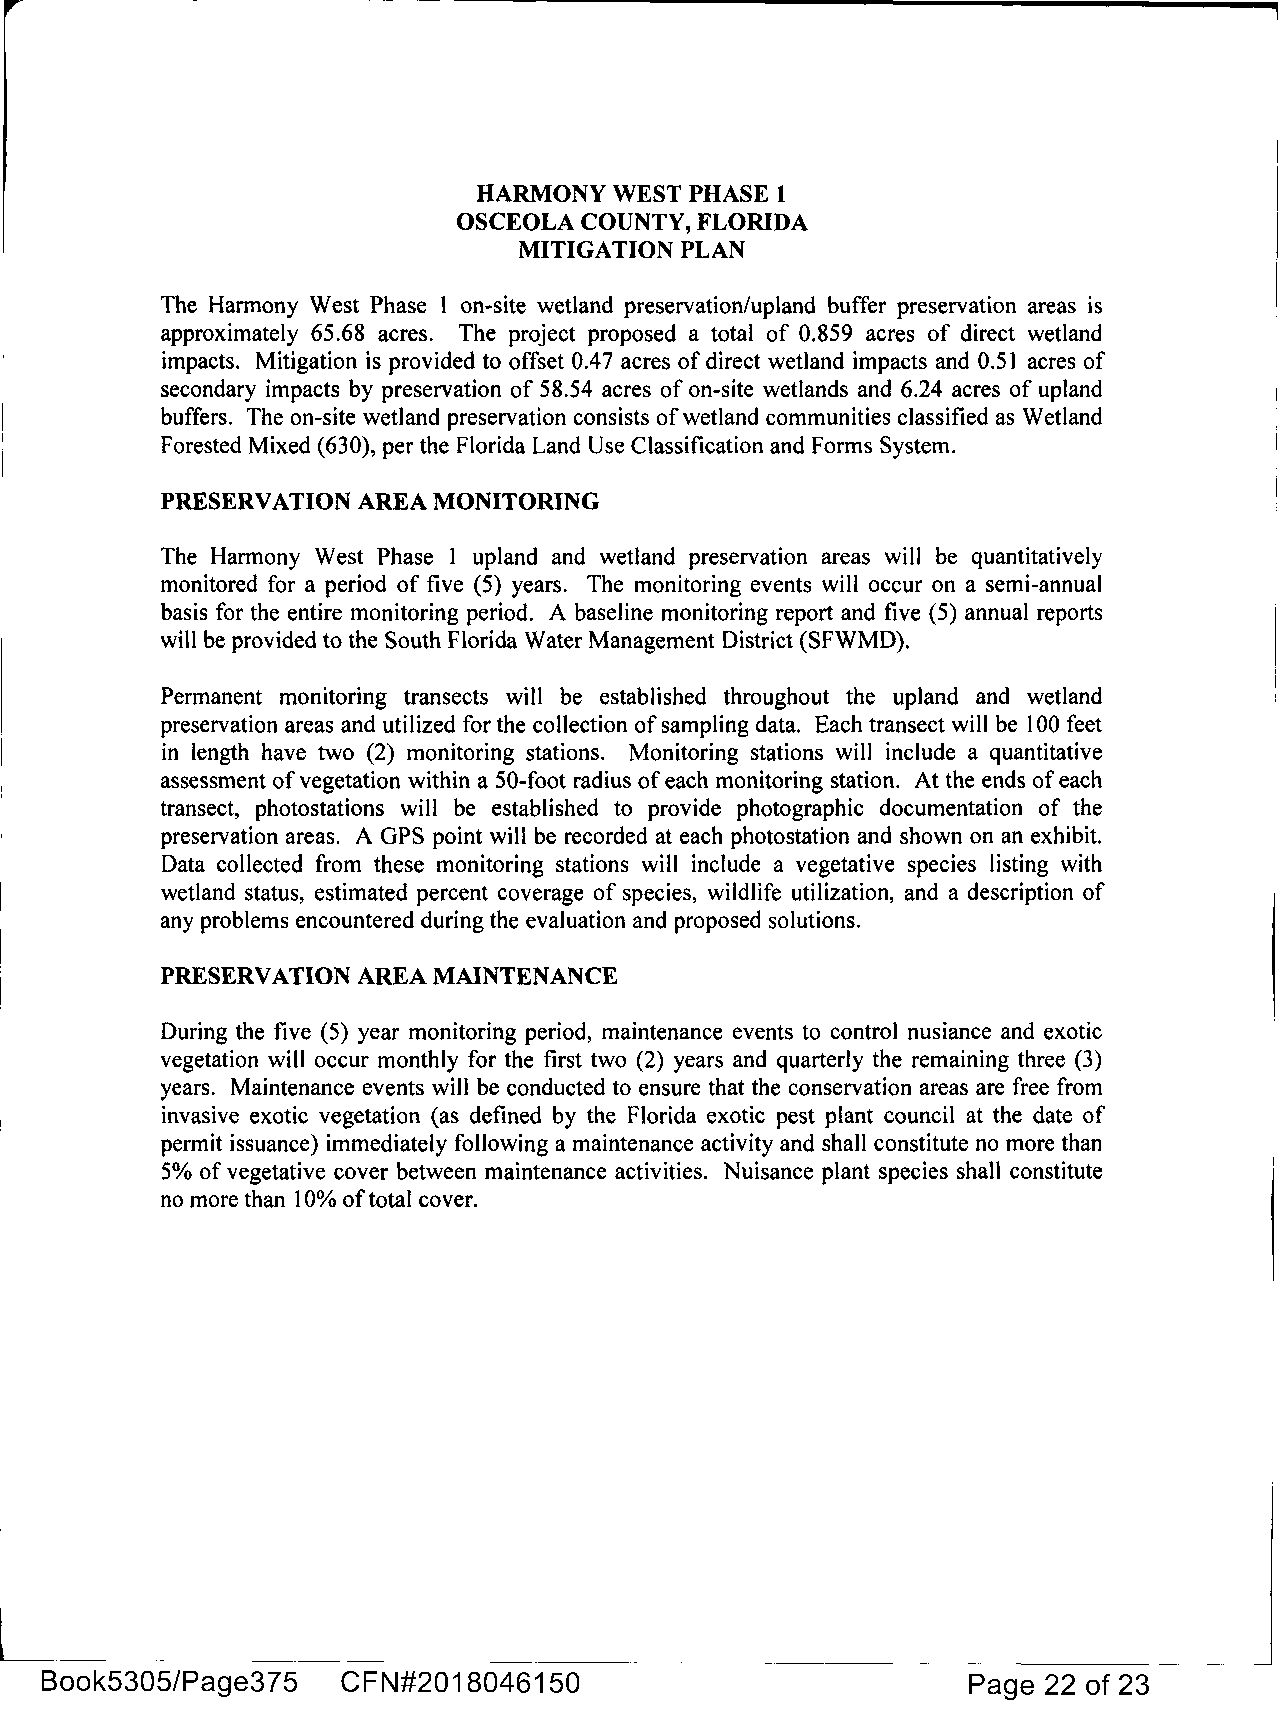
HARMONY  WEST PHASE 1
 OSCEOLA  COUNTY, FLORIDA
 MITIGATION PLAN
 The Harmony West Phase l on-site wetland preservation/upland buffer preservation areas is
 approximately 65.68 acres. The project proposed a total of 0.859 acres of direct wetland
 impacts. Mitigation is provided to offset 0.4 7 acres of direct wetland impacts and 0.51 acres of
 secondary impacts by preservation of 58.54 acres of on-site wetlands and 6.24 acres of upland
 buffers. The on-site wetland preservation consists of wetland communities classified as Wetland
 Forested Mixed (630), per the Florida Land Use Classification and Forms System.
 PRESERVATION AREA MONITORING
 The Harmony West Phase l upland and wetland preservation areas will be quantitatively
 monitored for a period of five (5) years. The monitoring events will occur on a semi-annual
 basis for the entire monitoring period. A baseline monitoring report and five (5) annual reports
 will be provided to the South Florida Water Management District (SFWMD).
 Permanent monitoring transects will be established throughout the upland and wetland
 preservation areas and utilized for the collection of sampling data. Each transect will be l 00 feet
 in length have two (2) monitoring stations. Monitoring stations will include a quantitative
 assessment of vegetation within a SO-foot radius of each monitoring station. At the ends of each
 transect, photostations will be established to provide photographic documentation of the
 preservation areas. A OPS point will be recorded at each photostation and shown on an exhibit.
 Data collected from these monitoring stations will include a vegetative species listing with
 wetland status, estimated percent coverage of species, wildlife utilization, and a description of
 any problems encountered during the evaluation and proposed solutions.
 PRESERVATION AREA MAINTENANCE
 During the five (5) year monitoring period, maintenance events to control nusiance and exotic
 vegetation will occur monthly for the first two (2) years and quarterly the remaining three (3)
 years. Maintenance events will be conducted to ensure that the conservation areas are free from
 invasive exotic vegetation (as defined by the Florida exotic pest plant council at the date of
 permit issuance) immediately following a maintenance activity and shall constitute no more than
 5% of vegetative cover between maintenance activities. Nuisance plant species shall constitute
 no more than l 0% of total cover.
 -----·----      -- --
 Book5305/Page375    CFN#2018046150                           Page 22 of 23